Report of the Indian Hemp Drugs Commission, 1894-1895 - Volume VII
Year: 1894
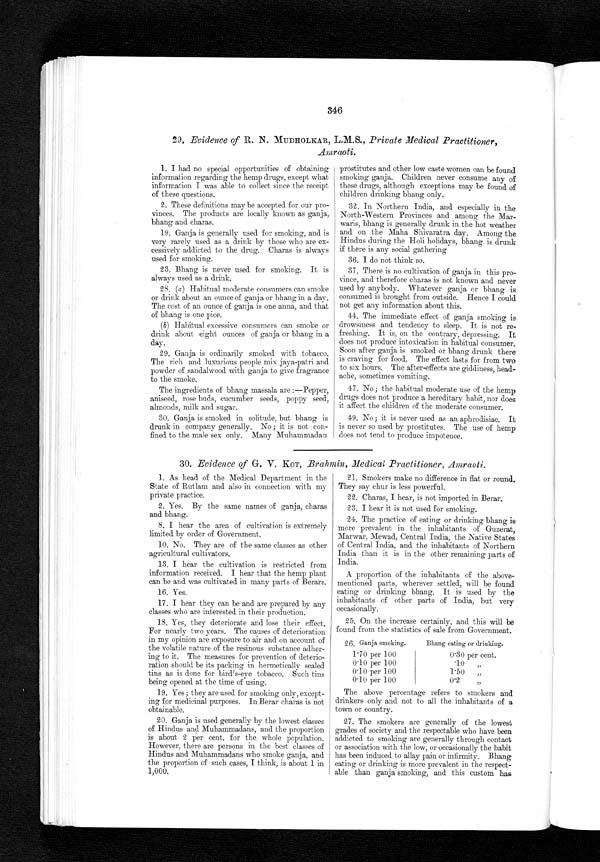
346
29. Evidence of R. N. MUDHOLKAR, L.M.S., Private Medical Practitioner,
Amraoti.
1. I had no special opportunities of obtaining
information regarding the hemp drugs, except what
information I was able to collect since the receipt
of these questions.
2. These definitions may be accepted for our pro-
vinces. The products are locally known as ganja,
bhang and charas.
19. Ganja is generally used for smoking, and is
very rarely used as a drink by those who are ex-
cessively addicted to the drug. Charas is always
used for smoking.
23. Bhang is never used for smoking. It is
always used as a drink.
28. ( a) Habitual moderate consumers can smoke
or think about an ounce of ganja or bhang in a day.
The cost of an ounce of ganja is one anna, and that
of bhang, is one pice.
( b ) Habitual excessive consumers can smoke or
drink about eight ounces of ganja or bhang in a
day.
29. Ganja is ordinarily smoked with tobacco.
The rich and luxurious people mix jaya-patri and
powder of sandalwood with ganja to give fragrance
to the smoke.
The ingredients of bhang massala are:—Pepper,
aniseed, rose buds, cucumber seeds, poppy seed,
almonds, milk and sugar.
30. Ganja, is smoked in solitude, but bhang is
drunk in company generally. No; it is not • con-
fined to the male sex only. Many Muhammadan
prostitutes and other low caste women can be found
smoking ganja. Children never consume any of
these drugs, although exceptions may be found of
children drinking bhang only.
32. In Northern India, and especially in the
North-Western Provinces and among the Mar-
waris, bhang is generally drunk in the hot weather
and on the Maha Shivaratra day. Among the
Hindus during the Holi holidays, bhang is drunk
if there is any social gathering
36. I do not think so.
37. There is no cultivation of ganja in this pro-
vince, and therefore charas is not known and never
used by anybody. Whatever ganja or bhang is
consumed is brought from outside. Hence I could
not get any information about this.
44. The immediate effect of ganja smoking is
drowsiness and tendency to sleep. It is not re-
freshing. It is, on the contrary, depressing. It
does not produce intoxication in habitual consumer.
Soon after ganja is smoked or bhang drunk there
is craving for food. The effect lasts for from two
to six hours. The after-effects are giddiness, head-
ache, sometimes vomiting.
47. No; the habitual moderate use of the hemp
drugs does not produce a hereditary habit, nor does
it affect the children of the moderate consumer.
49. No; it is never used as an aphrodisiac. It
is never so used. by prostitutes. The use of hemp
does not tend to produce impotence.
30. Evidence of G. V. KOT, Brahmin, Medical Practitioner, Amraoti.
1. As head of the Medical Department in the
State of Rutlam and also in connection with my
private practice.
2. Yes. By the same names of ganja, charas
and bhang.
8. I hear the area of cultivation is extremely
limited by order of Government.
10. No. They are of the same classes as other
agricultural cultivators.
13. I hear the cultivation is restricted from
information received. I hear that the hemp plant
can be and was cultivated in many parts of Berars.
16. Yes.
1. I hear they can be and are prepared by any
classes who are interested in their production.
2. Yes, they deteriorate and lose their effect.
For nearly two years. The causes of deterioration
in my opinion are exposure to air and on account of
the volatile nature of the resinous substance adher-
ing to it. The measures for prevention of deterio-
ration should be its packing in hermetically sealed
tins as is done for bird's-eye tobacco. Such tins
being opened at the time of using.
19. Yes; they are used for smoking only, except-
ing for medicinal purposes. In Berar charas is not
obtainable.
20. Ganja is used generally by the lowest classes
of Hindus and Muhammadans, and the proportion
is about 2 per cent. for the whole population.
However, there are persons in the best classes of
Hindus and Muhammadans who smoke ganja, and
the proportion of such cases, I think, is about 1 in
1,000.
21. Smokers make no difference in flat or round.
They say chur is less powerful.
22. Charas, I hear, is not imported in Berar.
23. I hear it is not used for smoking.
24. The practice of eating or drinking bhang is
more prevalent in the inhabitants of Guzerat,
Marwar, Mewad, Central India, the Native States
of Central India, and the inhabitants of Northern
India than it is in the other remaining parts of
India.
A proportion of the inhabitants of the above-
mentioned parts, wherever settled, will be found
eating or drinking bhang. It is used by the
inhabitants of other parts of India, but very
occasionally.
25. On the increase certainly, and this will be
found from the statistics of sale from Government.
26. Ganja smoking.
Bhang eating or drinking.
1.70 per 100
0.30 per cent.
0.10 per 100
.10
„
0'10 per 100
1.50
„
0'10 per 100
0.2
„
The above percentage refers to smokers and
drinkers only and not to all the inhabitants of a
town or country.
27. The smokers are generally of the lowest
grades of society and the respectable who have been
addicted to smoking are generally through contact
or association with the low, or occasionally the habit
has been induced to allay pain or infirmity. Bhang
e a t i n g o r d r i n k i n g i s m o r e p r e v a l e n t i n t h e r e s p e c t - a b l e t h a n g a n j a s m o k i n g , a n d t h i s c u s t o m h a s